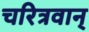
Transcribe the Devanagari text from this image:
चरित्रवान्‌